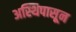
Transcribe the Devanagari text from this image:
अस्थिपासून